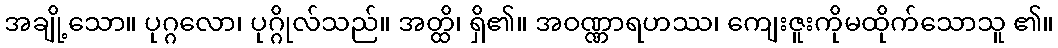
အချို့သော။ ပုဂ္ဂလော၊ ပုဂ္ဂိုလ်သည်။ အတ္ထိ၊ ရှိ၏။ အဝဏ္ဏာရဟဿ၊ ကျေးဇူးကိုမထိုက်သောသူ ၏။